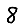
Digit: 8